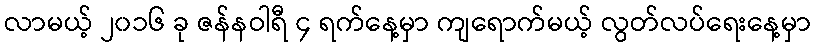
လာမယ့် ၂၀၁၆ ခု ဇန်နဝါရီ ၄ ရက်နေ့မှာ ကျရောက်မယ့် လွတ်လပ်ရေးနေ့မှာ